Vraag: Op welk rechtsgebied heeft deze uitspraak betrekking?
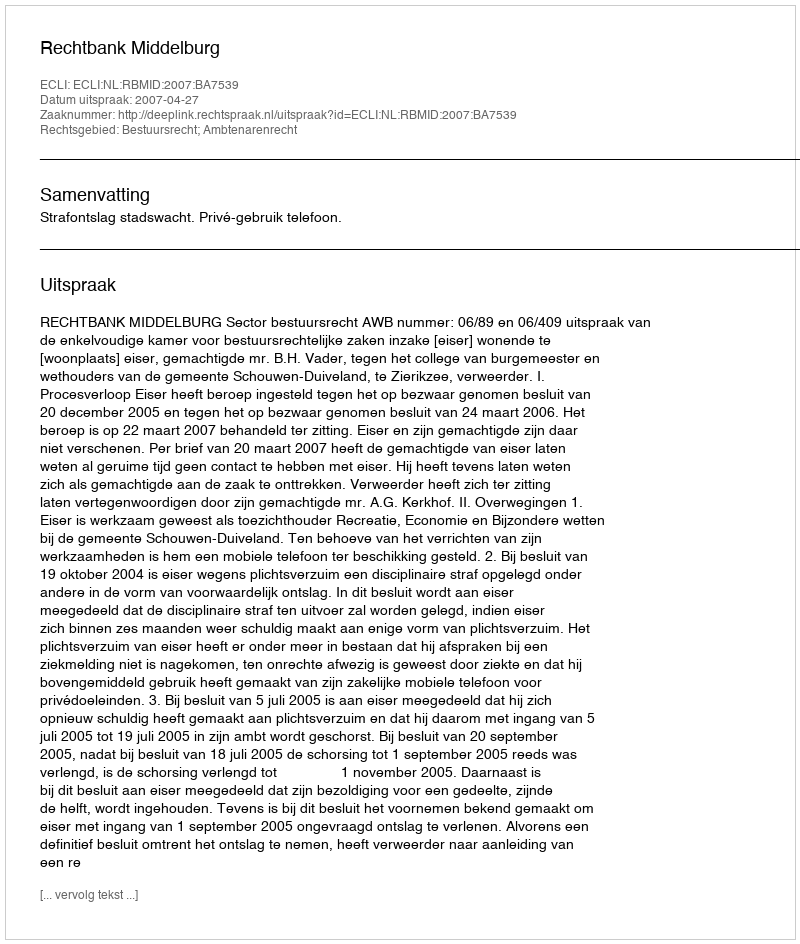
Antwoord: Bestuursrecht; Ambtenarenrecht